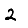
Digit: 2